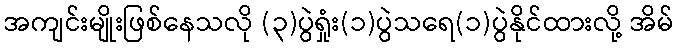
အကျင်းမျိုးဖြစ်နေသလို (၃)ပွဲရှုံး(၁)ပွဲသရေ(၁)ပွဲနိုင်ထားလို့ အိမ်